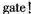
gate!